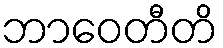
ဘာဝေတီတိ